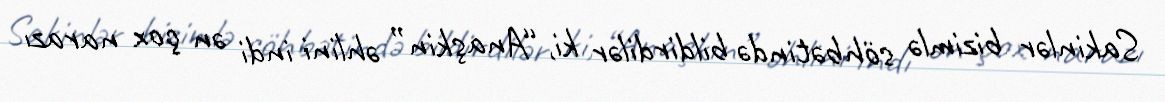
Sakinlər bizimlə söhbətində bildirdilər ki, “Anaşkin” əhlini indi ən çox narazı